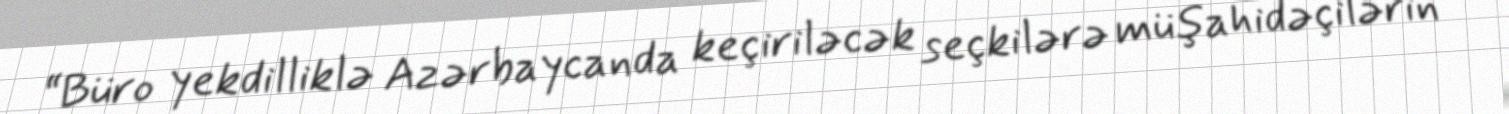
“Büro yekdilliklə Azərbaycanda keçiriləcək seçkilərə müşahidəçilərin